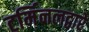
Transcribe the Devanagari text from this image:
टर्मिनलद्वारे